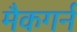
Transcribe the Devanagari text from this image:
मैकगर्न